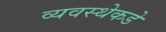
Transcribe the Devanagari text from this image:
व्यवस्थेकडे